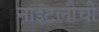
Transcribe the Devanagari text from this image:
नाइटलीची